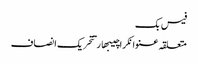
فیس بک
متعلقہ عنوانکراچیبھارتتحریک انصاف